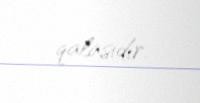
qalasıdır.